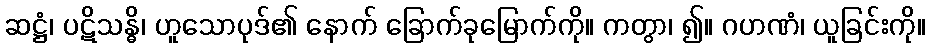
ဆဋ္ဌံ၊ ပဋိသန္ဓိ၊ ဟူသောပုဒ်၏ နောက် ခြောက်ခုမြောက်ကို။ ကတွာ၊ ၍။ ဂဟဏံ၊ ယူခြင်းကို။